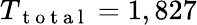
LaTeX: T_{\mathrm{~t~o~t~a~l~}}=1,827